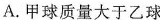
A.甲球质量大于乙球